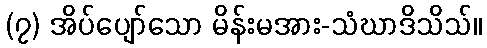
(၇) အိပ်ပျော်သော မိန်းမအား-သံဃာဒိသိသ်။